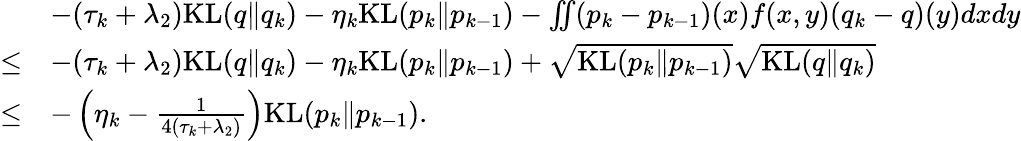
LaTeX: \begin{array}{rl}&{-(\tau_{k}+\lambda_{2})\mathrm{KL}(q\| q_{k})-\eta_{k}\mathrm{KL}(p_{k}\| p_{k-1})-\iint(p_{k}-p_{k-1})(x)f(x,y)(q_{k}-q)(y)dxdy}\\ {\leq}&{-(\tau_{k}+\lambda_{2})\mathrm{KL}(q\| q_{k})-\eta_{k}\mathrm{KL}(p_{k}\| p_{k-1})+\sqrt{\mathrm{KL}(p_{k}\| p_{k-1})}\sqrt{\mathrm{KL}(q\| q_{k})}}\\ {\leq}&{-\left(\eta_{k}-\frac{1}{4(\tau_{k}+\lambda_{2})}\right)\mathrm{KL}(p_{k}\| p_{k-1}).}\end{array}